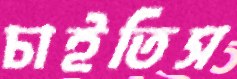
চাইতিস